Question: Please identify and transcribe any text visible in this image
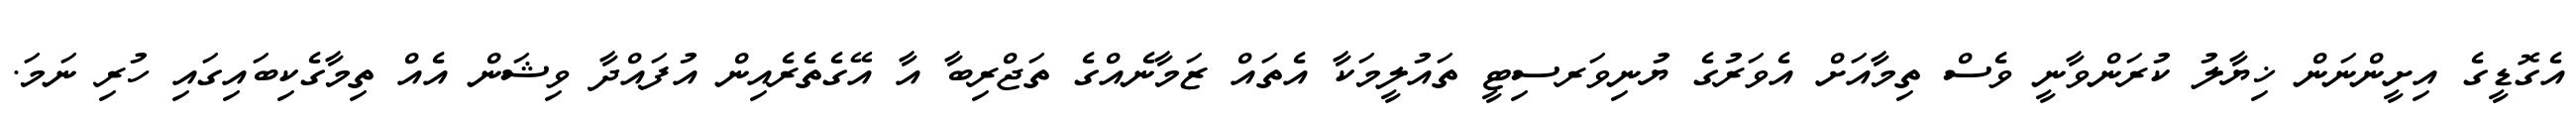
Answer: އެގޮޑީގެ އިށީންނަން ޚިޔާލު ކުރަންވާނީ ވެސް ތިމާއަށް އެވަރުގެ ޔުނިވަރސިޓީ ތައުލީމަކާ އެތައް ޒަމާނެއްގެ ތަޖްރިބާ އާ އޭގެތެރެއިން އުފައްދާ ވިޝަން އެއް ތިމާގެކިބައިގައި ހުރި ނަމަ.